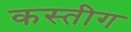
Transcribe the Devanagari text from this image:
कस्तीग